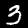
Label: 3